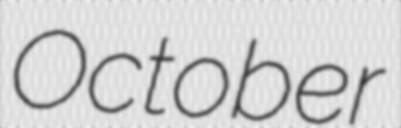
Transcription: October